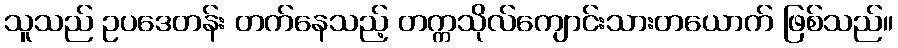
သူသည် ဥပဒေတန်း တက်နေသည့် တက္ကသိုလ်ကျောင်းသားတယောက် ဖြစ်သည်။